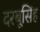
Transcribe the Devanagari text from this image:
दरबूसिंह